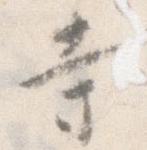
寺